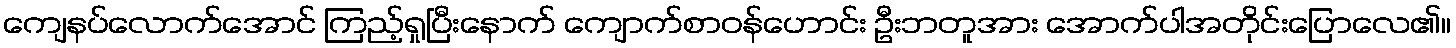
ကျေနပ်လောက်အောင် ကြည့်ရှုပြီးနောက် ကျောက်စာဝန်ဟောင်း ဦးဘတူအား အောက်ပါအတိုင်းပြောလေ၏။